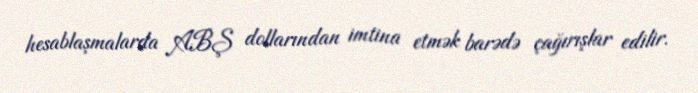
hesablaşmalarda ABŞ dollarından imtina etmək barədə çağırışlar edilir.